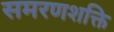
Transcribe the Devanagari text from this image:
समरणशक्ति